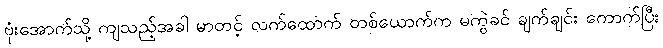
ဗုံးအောက်သို့ ကျသည့်အခါ မာတင့် လက်ထောက် တစ်ယောက်က မကွဲခင် ချက်ချင်း ကောက်ပြီး